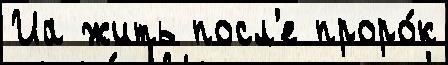
Иа жить посл'е проро́к